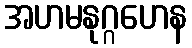
အဟမနုဂ္ဂဟေန